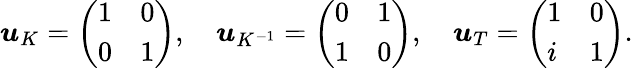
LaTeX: \begin{array}{r}{\boldsymbol{u}_{K}=\left(\begin{array}{ll}{1}&{0}\\ {0}&{1}\end{array}\right),\quad\boldsymbol{u}_{K^{-1}}=\left(\begin{array}{ll}{0}&{1}\\ {1}&{0}\end{array}\right),\quad\boldsymbol{u}_{T}=\left(\begin{array}{ll}{1}&{0}\\ {i}&{1}\end{array}\right).}\end{array}